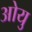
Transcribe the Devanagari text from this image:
ओयु